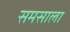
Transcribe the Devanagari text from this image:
समसाला